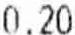
0.20